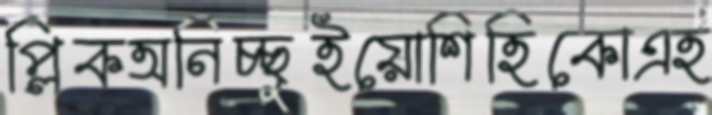
প্লিকঅনিচ্ছুইয়োশিহিকোএহ